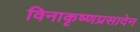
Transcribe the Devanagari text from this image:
विनाकृष्णप्रसादेन